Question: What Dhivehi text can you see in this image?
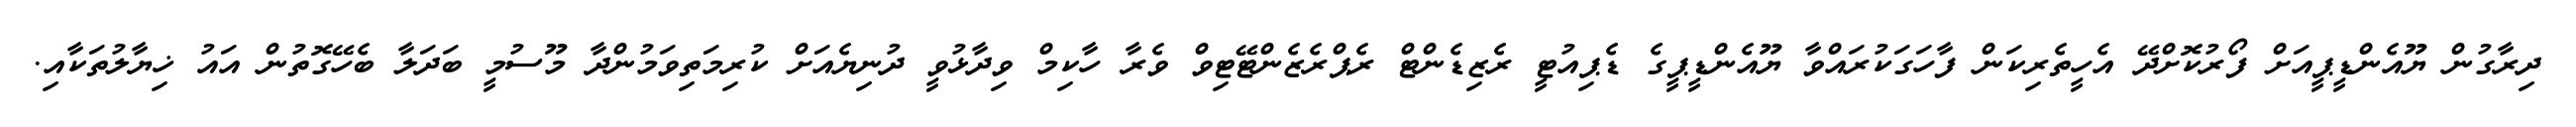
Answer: ދިރާގުން ޔޫއެންޑީޕީއަށް ފޯރުކޮށްދޭ އެހީތެރިކަން ފާހަގަކުރައްވާ ޔޫއެންޑީޕީގެ ޑެޕިއުޓީ ރެޒިޑެންޓް ރެޕްރެޒެންޓޭޓިވް ވެރާ ހާކިމް ވިދާޅުވީ ދުނިޔެއަށް ކުރިމަތިވަމުންދާ މޫސުމީ ބަދަލާ ބެހޭގޮތުން އައު ޚިޔާލުތަކާއި.